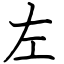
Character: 左